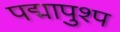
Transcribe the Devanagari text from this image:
पद्मापुश्प